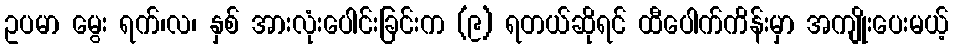
ဥပမာ မွေး ရက်၊လ၊ နှစ် အားလုံးပေါင်းခြင်းက (၉) ရတယ်ဆိုရင် ထီပေါက်ကိန်းမှာ အကျိုးပေးမယ့်